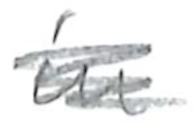
Text: in
Cross-out: scratch
Writing tool: pencil